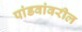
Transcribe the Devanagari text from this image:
पांडवांवरील